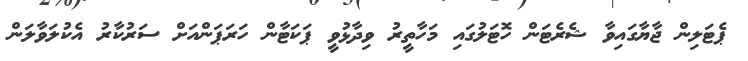
ޕެޓަލިން ޖާޔާގައިވާ ޝެެރެޓަން ހޮޓަލުގައި މަހާތީރު ވިދާޅުވީ ޕަކަޓާން ހަރަޕަންއަށް ސަރުކާރު އެކުލަވާލަން